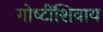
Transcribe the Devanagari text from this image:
गोष्‍टींशिवाय